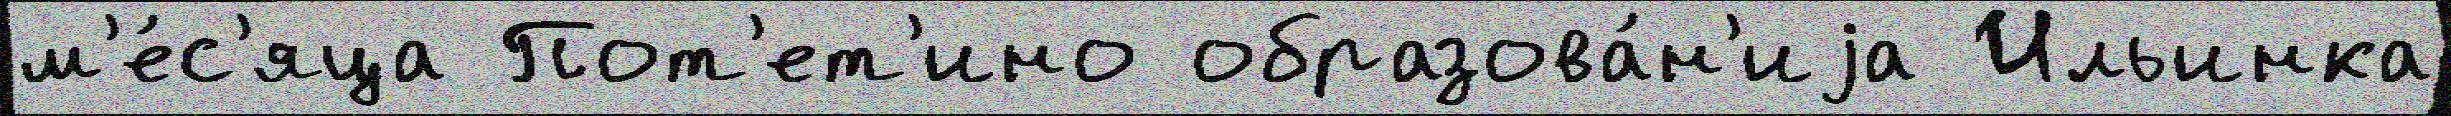
м'е́с'яца Пот'ет'ино образова́н'иjа Ильинка